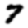
Digit: 7